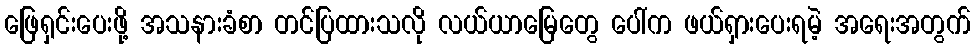
ဖြေရှင်းပေးဖို့ အသနားခံစာ တင်ပြထားသလို လယ်ယာမြေတွေ ပေါ်က ဖယ်ရှားပေးရမဲ့ အရေးအတွက်